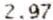
2.97